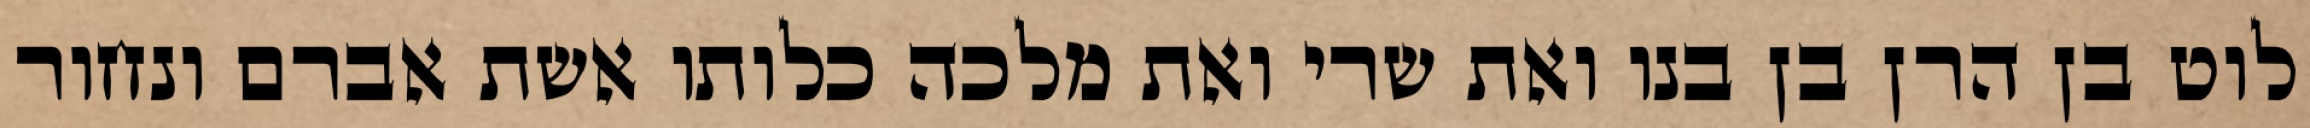
לוט בן הרן בן בנו ואת שרי ואת מלכה כלותו אשת אברם ונחור